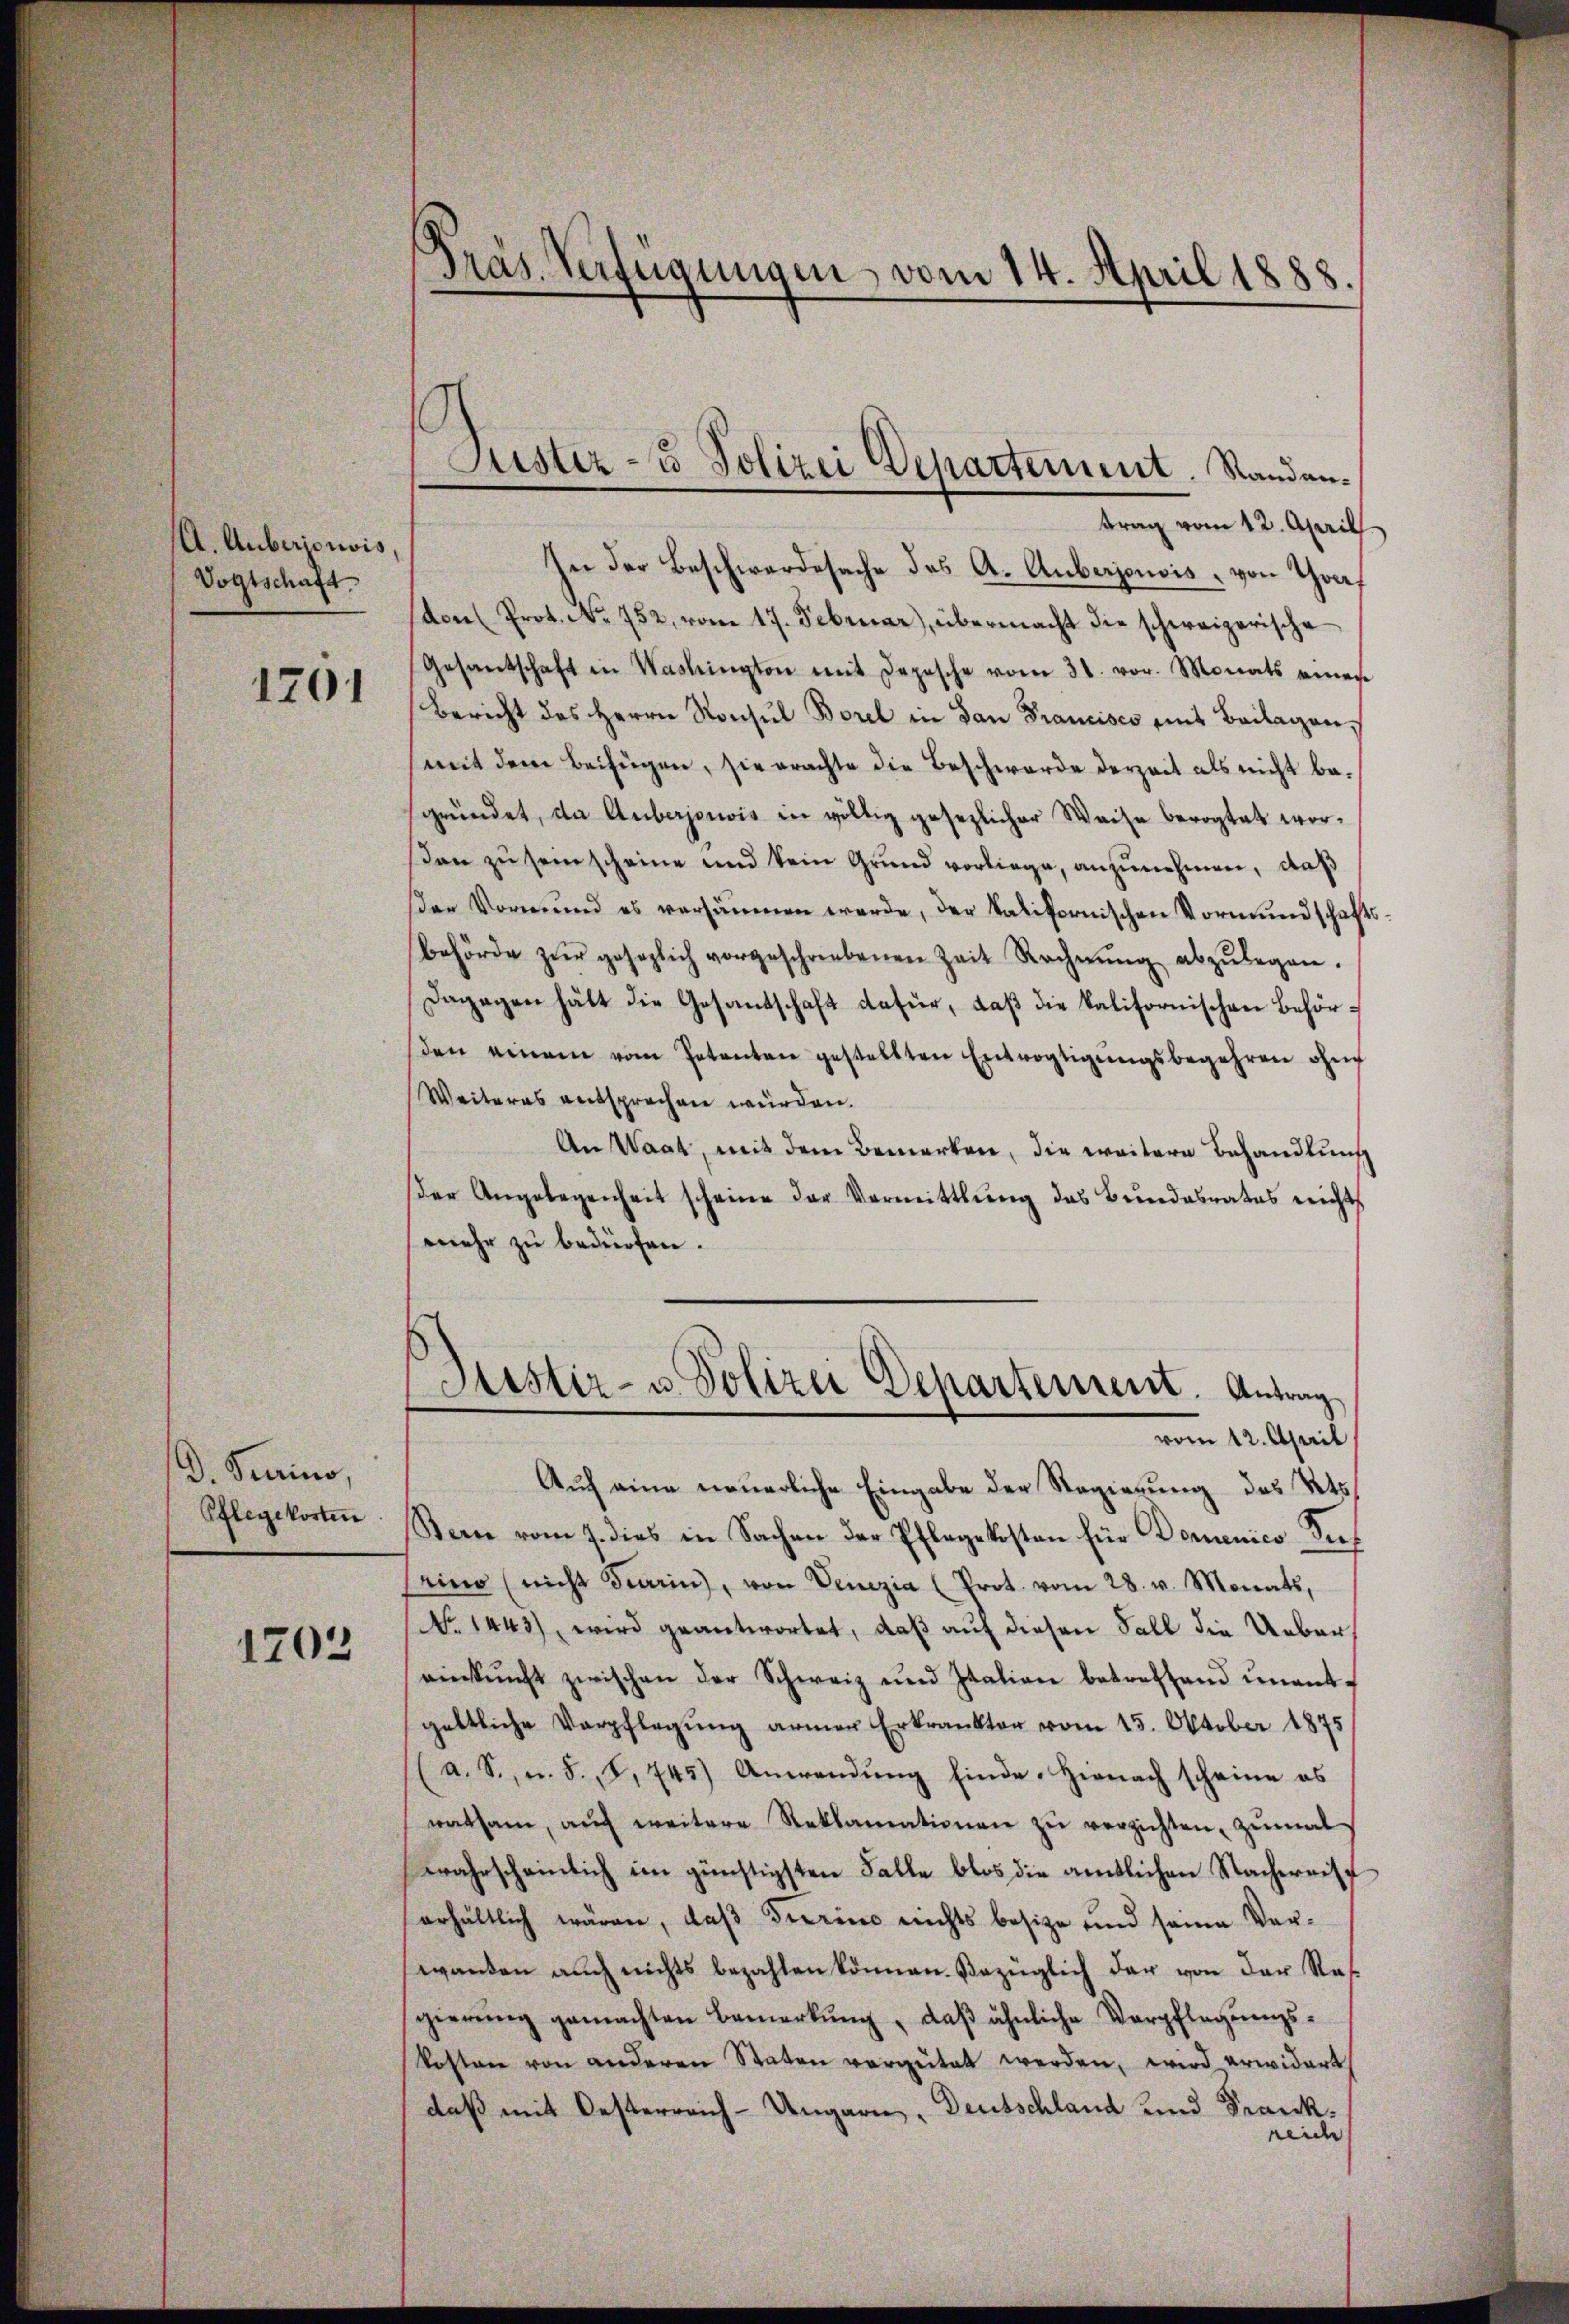
A. Auberjouvis,
Vogtschaft

1201

D. Turino,
Pflegekosten

1203

Präs. Verfügungen vom 14. April 1888.

trag vom 12. April
In der Beschwerdesache des A. Auberjonois, von Graf
sdon (Prot. No. 752, vom 17. Februar, übermacht die schweizerische
Gesandschaft in Washington mit Depesche vom 31. vor. Monats einen
Bericht des Herrn Konsul Borel in San Francisco mit Beilagen,
(mit dem Beifügen, sie erachte die Beschwerde derzeit als nicht besgründet, da Auberjonois in völlig gesezlicher Weise bevogtet wordan zu seinscheine und kein Grund vorliege, anzunehmen, daß
der Vormund es versäumen werde, der Salifornischen Vormundschafts¬
Behörde zŭr gesezlich vorgeschriebenen Zeit Rechnŭng abzŭlegen.
Dagegen hätt die Gesandschaft dafür, daß die kalifornischen Behörden einem vom Petenten gestellten Entvogtigŭngsbegehren ohn
Weiteres entsprechen würden.
An Waat, mit dem Bemerken, die weitere Behandlung
der Angelegenheit scheine der Vermittlung das Bundesrates nicht
mehr zu bedürfen.
Justiz- u. Polizei Departement. Antrag
vom 12. April
Auf eine neuerliche Eingabe der Regierung des Kts.
Bern vom 9. dies in Sachen der Pflegekosten für Domenico de
Aina (nicht darin, von Venezia (Prot. vom 28. v. Monats,
No. 1443), wird geantwortet, daß auf diesen Fall die Uebereinkunft zwischen der Schweiz und Italien betreffend ŭnentgeltliche Verpflegŭng armer Erkrankter vom 15. Oktober 1875
(a. S., n. F., S. 745) Anwendŭng einde. Hienach scheine es
ratsam, aŭf weitere Reklamationen zŭ verzichten, zŭmal
wahrscheinlich im günstigsten Falle blos die amtlichen Nachereiserhältlich wären, daß Tierine nichts besitze und seine Verwanden auch nichts bezahlen können. Bezüglich der von der Ras
gierŭng gemachten Bemerkŭng , daβ ähnliche Verpflegungs¬
Kosten von anderen Staten vergütet werden, wird erwidert
daß mit Oesterreich-Ungarn, Deutschland und Frankreide

Justiz- u Polizei Departement. Randan¬